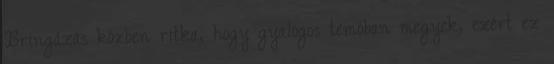
Bringázás közben ritka, hogy gyalogos temóban megyek, ezért ez